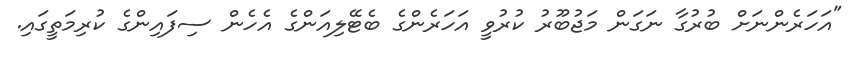
"އަހަރެންނަށް ބުރުގާ ނަގަން މަޖުބޫރު ކުރުވީ އަހަރެންގެ ބެޓޭލިއަންގެ އެހެން ސިފައިންގެ ކުރިމަތީގައި.